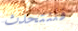
فلنتحدث